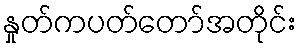
နှုတ်ကပတ်တော်အတိုင်း